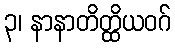
၃၊ နာနာတိတ္ထိယဝဂ်